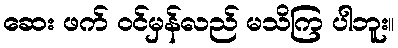
ဆေး ဖက် ဝင်မှန်လည် မသိကြ ပါဘူး။